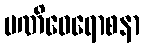
မဏိဝေရောစနာ